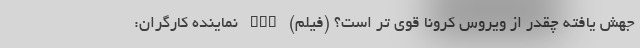
جهش یافته چقدر از ویروس کرونا قوی تر است؟ (فیلم) nan نماینده کارگران: